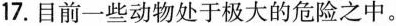
17.目前一些动物处于极大的危险之中。